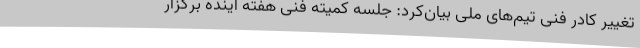
تغییر کادر فنی تیم‌های ملی بیان‌کرد: جلسه کمیته فنی هفته آینده برگزار